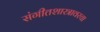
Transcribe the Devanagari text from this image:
संगीतशास्त्रावरचा